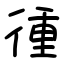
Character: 㣫